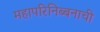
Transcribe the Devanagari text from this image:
महापरिनिब्बनाची